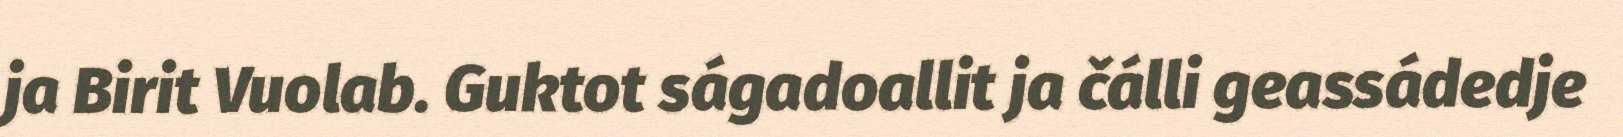
ja Birit Vuolab. Guktot ságadoallit ja čálli geassádedje